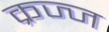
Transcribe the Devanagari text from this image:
क्रज्ज